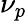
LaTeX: \nu_{p}